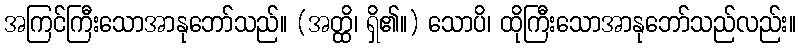
အကြင်ကြီးသောအာနုဘော်သည်။ (အတ္ထိ၊ ရှိ၏။) သောပိ၊ ထိုကြီးသောအာနုဘော်သည်လည်း။